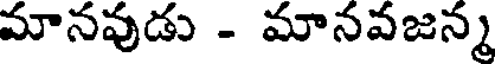
మానవుడు - మానవజన్మ